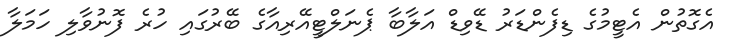
އެގޮތުން އެޓީމުގެ ޑިފެންޑަރު ޑޭވިޑް އަލާބާ ޕެނަލްޓީއޭރިއާގެ ބޭރުގައި ހުރެ ފޮނުވާލި ހަމަލާ